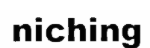
niching